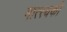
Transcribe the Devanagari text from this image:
मात्स्यकी